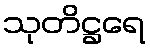
သုတိဋ္ဌရေ